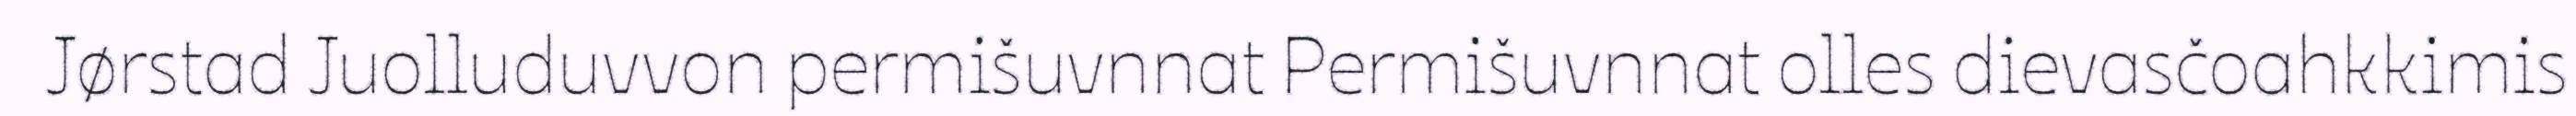
Jørstad Juolluduvvon permišuvnnat Permišuvnnat olles dievasčoahkkimis